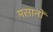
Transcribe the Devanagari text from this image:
मसानों